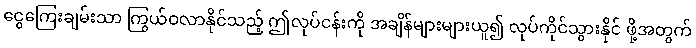
ငွေကြေးချမ်းသာ ကြွယ်ဝလာနိုင်သည့် ဤလုပ်ငန်းကို အချိန်များများယူ၍ လုပ်ကိုင်သွားနိုင် ဖို့အတွက်